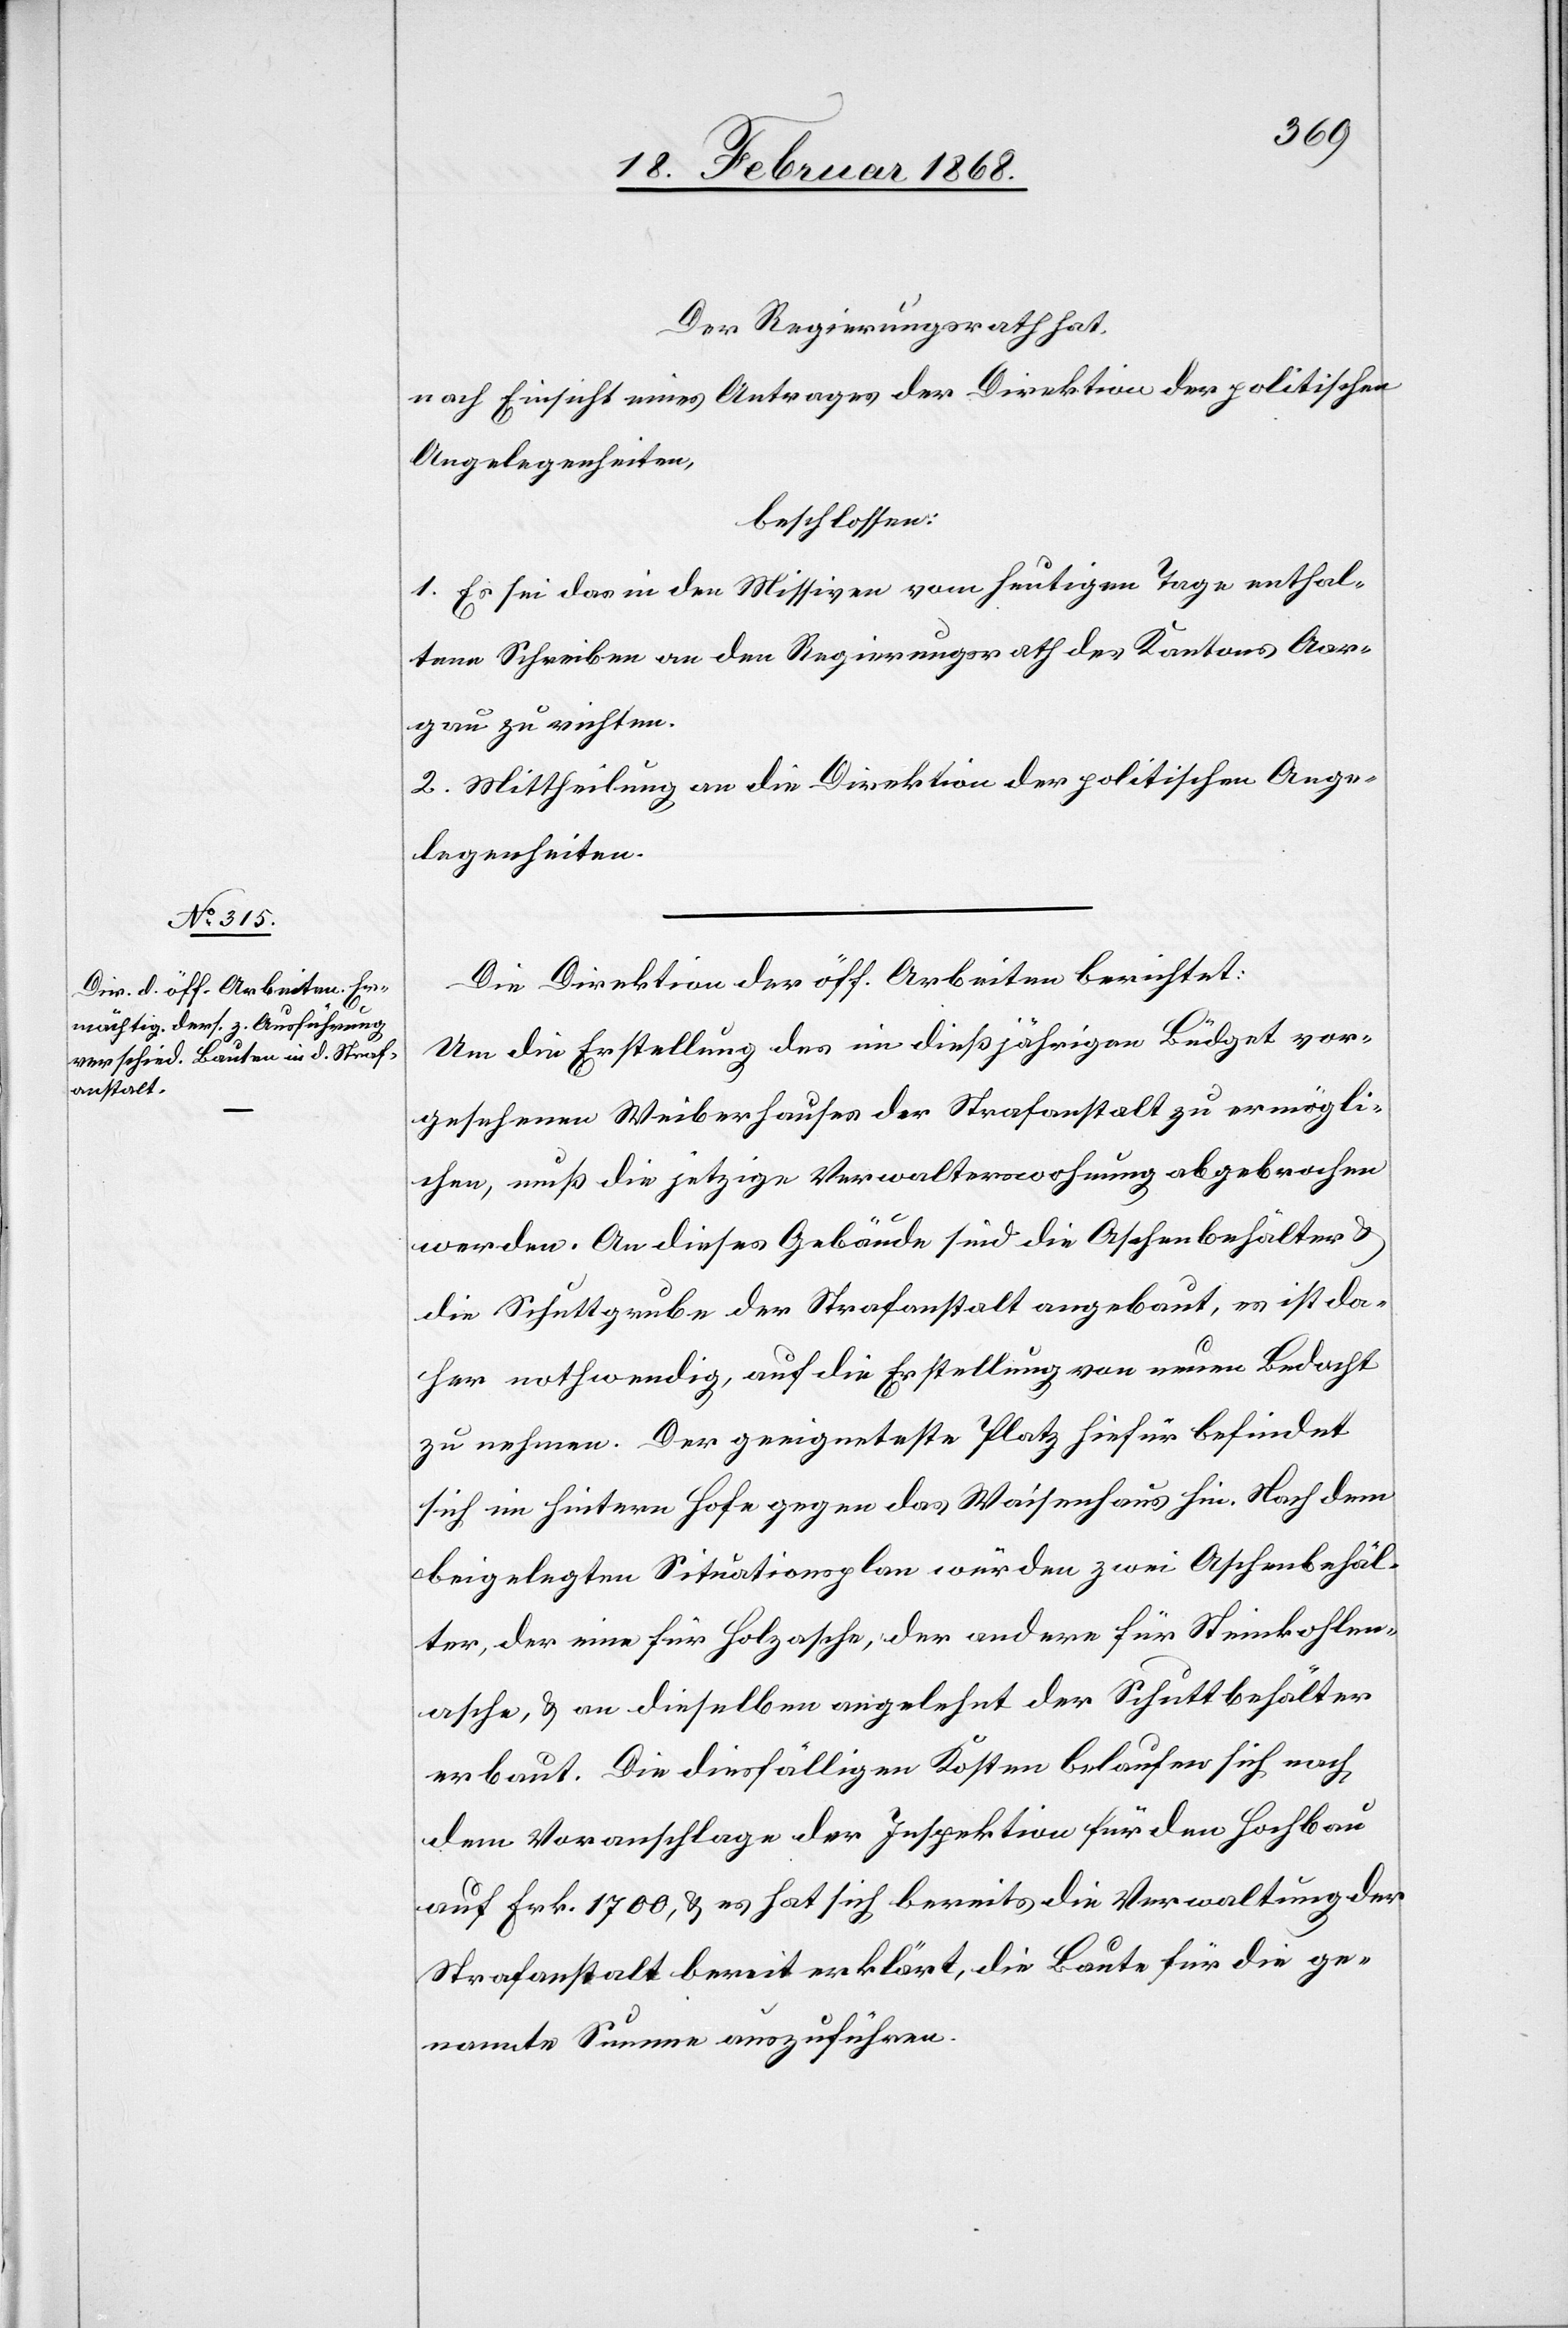
Der Regierungsrath hat,
nach Einsicht eines Antrages der Direktion der politischen
Angelegenheiten,
beschlossen:
1. Es sei das in den Missiven vom heutigen Tage enthal¬
tene Schreiben an den Regierungsrath des Kantons Aar¬
gau zu richten.
2. Mittheilung an die Direktion der politischen Ange¬
legenheiten.
Die Direktion der öff. Arbeiten berichtet:
Um die Erstellung des im dießjährigen Büdget vor¬
gesehenen Weiberhauses der Strafanstalt zu ermögli¬
chen, muß die jetzige Verwalterswohnung abgebrochen
werden. An dieses Gebäude sind die Aschenbehälter
die Schuttgrube der Strafanstalt angebaut, es ist da¬
her nothwendig, auf die Erstellung von neuen Bedacht
zu nehmen. Der geeigneteste Platz hiefür befindet
sich im hintern Hofe gegen das Waisenhaus hin. Nach dem
beigelegten Situationsplan würden zwei Aschenbehäl¬
ter, der eine für Holzasche, der andere für Steinkohlen¬
asche, & an dieselben angelehnt der Schuttbehälter
erbaut. Die diesfälligen Kosten belaufen sich nach
dem Voranschlage der Inspektion für den Hochbau
auf Frk. 1700, & es hat sich bereits die Verwaltung der
Strafanstalt bereit erklärt, die Baute für die ge¬
nannte Summe auszuführen.